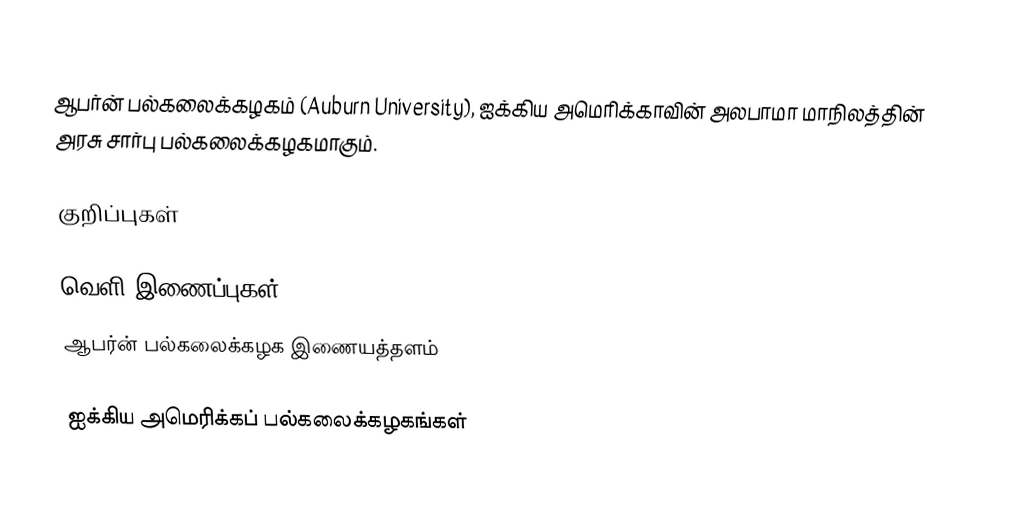
ஆபர்ன் பல்கலைக்கழகம் (Auburn University), ஐக்கிய அமெரிக்காவின் அலபாமா மாநிலத்தின் அரசு சார்பு பல்கலைக்கழகமாகும்.

குறிப்புகள்

வெளி இணைப்புகள்
ஆபர்ன் பல்கலைக்கழக இணையத்தளம்

ஐக்கிய அமெரிக்கப் பல்கலைக்கழகங்கள்